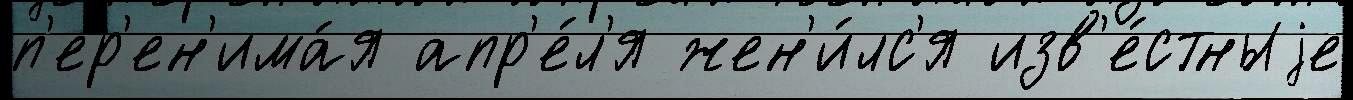
п'ер'ен'има́я апр'е́л'я жен'и́лс'я изв'е́стныjе